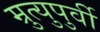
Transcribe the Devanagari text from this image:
म्रुत्युपुर्वी